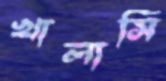
খালাসি